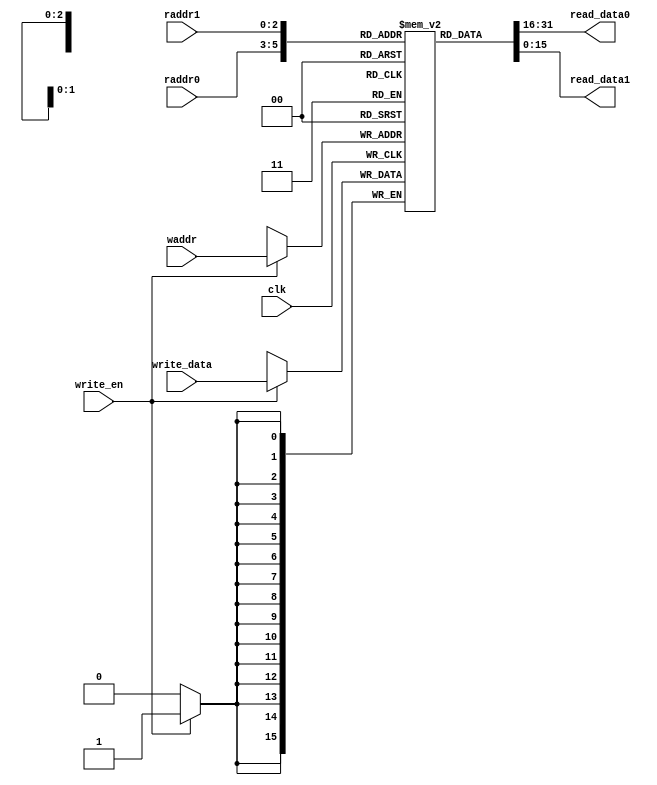
// Base regfile module
// Based on Alchitry's 2-port RAM. Read/write tested

module regfile_base #(
    parameter SIZE = 16,                // Size of entry at each address
    parameter DEPTH = 8                // Number of entries/address
  )(
    input clk,                        // clock
  
    // regular write interface
    input [$clog2(DEPTH)-1:0] waddr,   // write address (of size log(DEPTH))
    input [SIZE-1:0] write_data,       // write data (of size SIZE)
    input write_en,                    // write enable (1 = write)
    
    // regular read interface 0
    input [$clog2(DEPTH)-1:0] raddr0,   // read address (of size log(DEPTH))
    output [SIZE-1:0] read_data0,    // read data (of size SIZE)
    
    // regular read interface 1
    input [$clog2(DEPTH)-1:0] raddr1,   // read address (of size log(DEPTH))
    output [SIZE-1:0] read_data1    // read data (of size SIZE)
    
    //output [SIZE-1:0] debug_r0,         // output r0 for debugging
    //output [SIZE-1:0] debug_r1          // output r1 for debugging
  );
  
  reg [SIZE-1:0] mem [DEPTH-1:0];      // memory array to store values
  
  // write clock domain
  always @(posedge clk) begin
    
    // Perform regular write (highest precedence)
    if (write_en) 
      mem[waddr] <= write_data;
      
  end
  
  assign read_data0 = mem[raddr0];       // read memory directly from memory array (I suppose a mux is implemented in background)
  assign read_data1 = mem[raddr1];
  //assign debug_r0 = mem[0]; // Read r0 and r1 for debugging
  //assign debug_r1 = mem[1];
  
endmodule